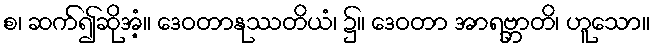
စ၊ ဆက်၍ဆိုအံ့။ ဒေဝတာနုဿတိယံ၊ ၌။ ဒေဝတာ အာရဗ္ဘာတိ၊ ဟူသော။